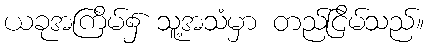
ယခုအကြိမ်၌ သူ့အသံမှာ တည်ငြိမ်သည်။